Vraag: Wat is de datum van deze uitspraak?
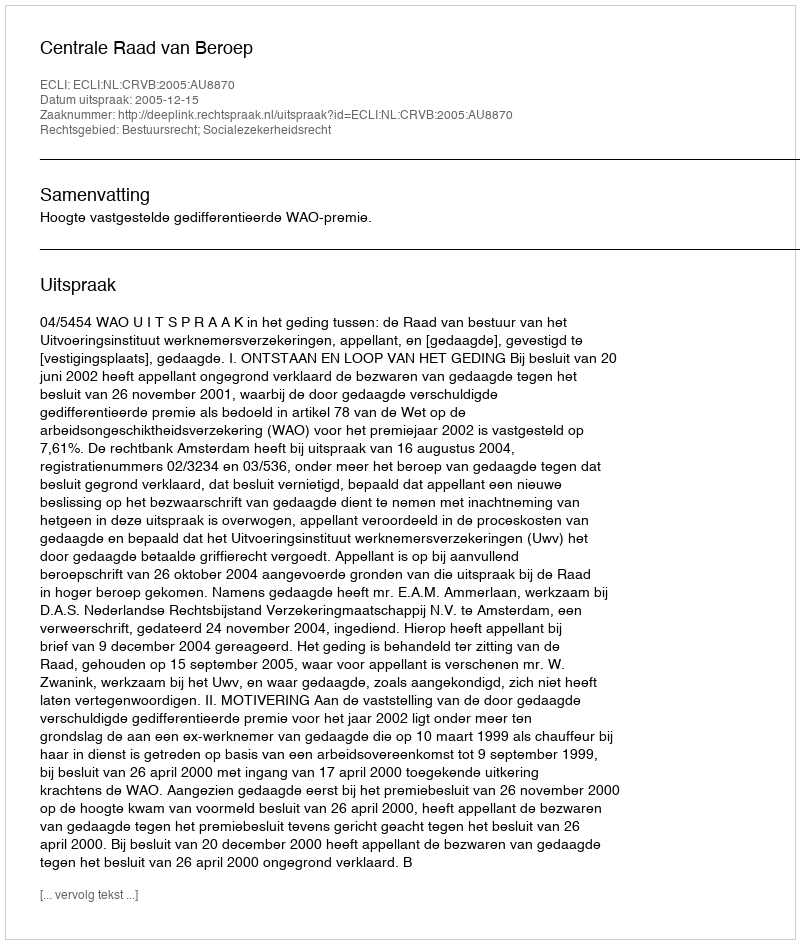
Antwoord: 2005-12-15